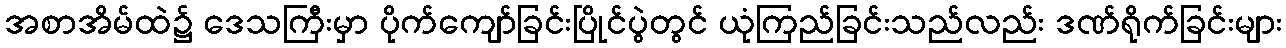
အစာအိမ်ထဲ၌ ဒေသကြီးမှာ ပိုက်ကျော်ခြင်းပြိုင်ပွဲတွင် ယုံကြည်ခြင်းသည်လည်း ဒဏ်ရိုက်ခြင်းများ